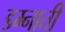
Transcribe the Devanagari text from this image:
डम्नाती